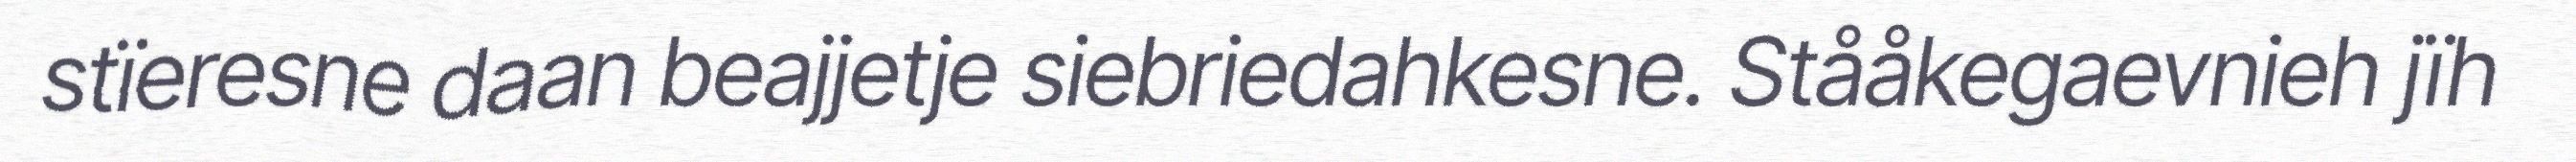
stïeresne daan beajjetje siebriedahkesne. Stååkegaevnieh jïh